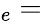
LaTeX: _e=